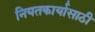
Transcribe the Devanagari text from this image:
नियतकार्यासाठी